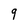
Character: 9